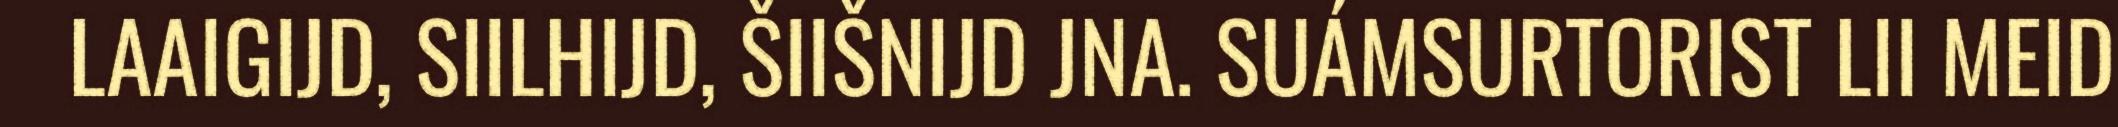
LAAIGIJD, SIILHIJD, ŠIIŠNIJD JNA. SUÁMSURTORIST LII MEID